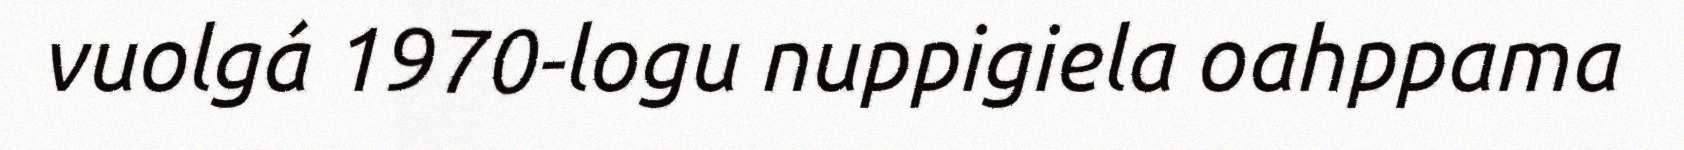
vuolgá 1970-logu nuppigiela oahppama